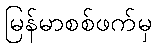
မြန်မာစစ်ဖက်မှ